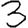
Digit: 3